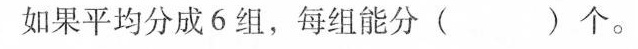
如果平均分成6组，每组能分( )个。